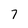
Character: 7